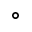
^ { \circ }